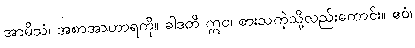
အာမိသံ၊ အစာအာဟာရကို။ ခါဒတိ ဣဝ၊ စားသကဲ့သို့လည်းကောင်း။ ဧဝံ၊